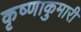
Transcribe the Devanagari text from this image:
कृष्णाकुमारी